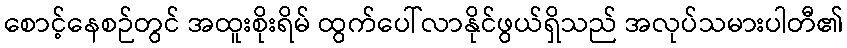
စောင့်နေစဉ်တွင် အထူးစိုးရိမ် ထွက်ပေါ်လာနိုင်ဖွယ်ရှိသည် အလုပ်သမားပါတီ၏